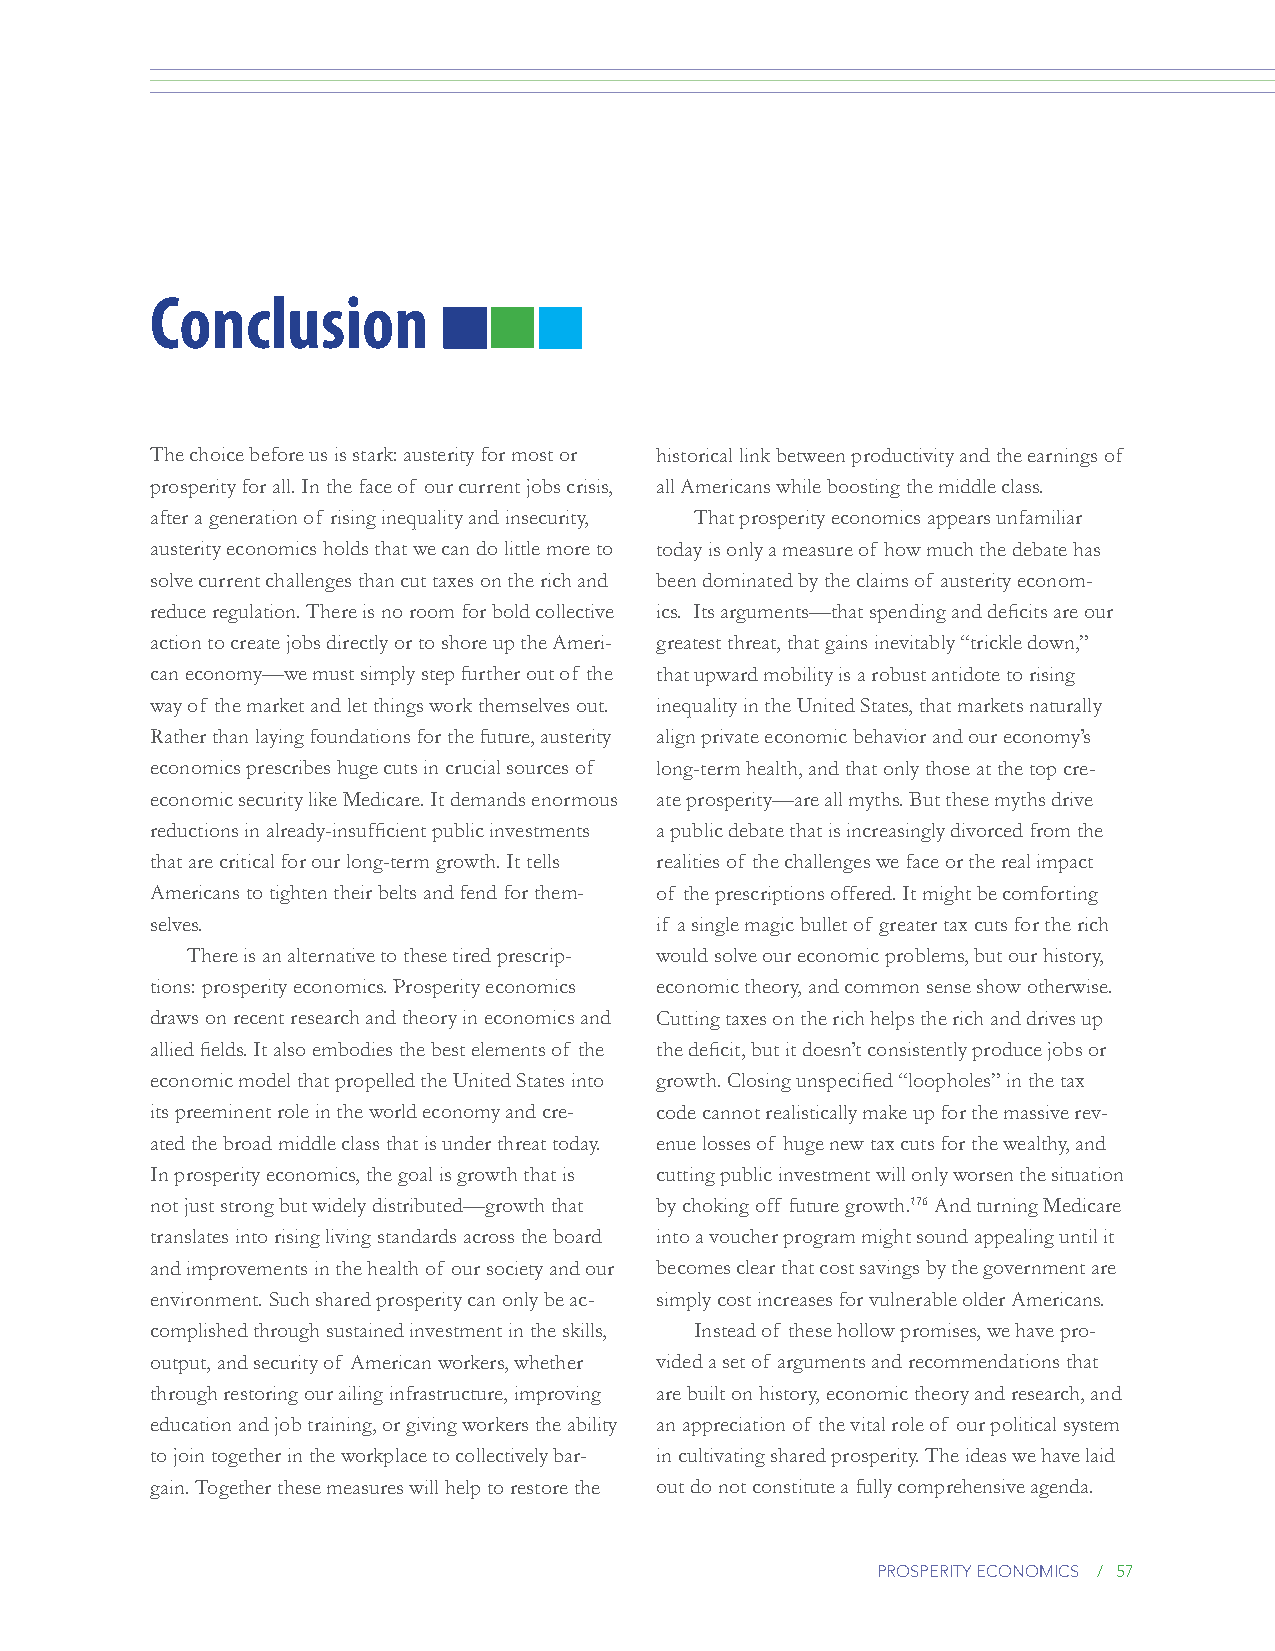
Conclusion
 The choice before us is stark: austerity for most or historical link between productivity and the earnings of
 prosperity for all. In the face of our current jobs crisis, all Americans while boosting the middle class.
 after a generation of rising inequality and insecurity, That prosperity economics appears unfamiliar
 austerity economics holds that we can do little more to today is only a measure of how much the debate has
 solve current challenges than cut taxes on the rich and been dominated by the claims of austerity econom-
 reduce regulation. There is no room for bold collective ics. Its arguments—that spending and deficits are our
 action to create jobs directly or to shore up the Ameri- greatest threat, that gains inevitably “trickle down,”
 can economy—we must simply step further out of the that upward mobility is a robust antidote to rising
 way of the market and let things work themselves out. inequality in the United States, that markets naturally
 Rather than laying foundations for the future, austerity align private economic behavior and our economy’s
 economics prescribes huge cuts in crucial sources of long-term health, and that only those at the top cre-
 economic security like Medicare. It demands enormous ate prosperity—are all myths. But these myths drive
 reductions in already-insufficient public investments a public debate that is increasingly divorced from the
 that are critical for our long-term growth. It tells realities of the challenges we face or the real impact
 Americans to tighten their belts and fend for them- of the prescriptions offered. It might be comforting
 selves.                          if a single magic bullet of greater tax cuts for the rich
 There is an alternative to these tired prescrip- would solve our economic problems, but our history,
 tions: prosperity economics. Prosperity economics economic theory, and common sense show otherwise.
 draws on recent research and theory in economics and Cutting taxes on the rich helps the rich and drives up
 allied fields. It also embodies the best elements of the the deficit, but it doesn’t consistently produce jobs or
 economic model that propelled the United States into growth. Closing unspecified “loopholes” in the tax
 its preeminent role in the world economy and cre- code cannot realistically make up for the massive rev-
 ated the broad middle class that is under threat today. enue losses of huge new tax cuts for the wealthy, and
 In prosperity economics, the goal is growth that is cutting public investment will only worsen the situation
 not just strong but widely distributed—growth that by choking off future growth.176 And turning Medicare
 translates into rising living standards across the board into a voucher program might sound appealing until it
 and improvements in the health of our society and our becomes clear that cost savings by the government are
 environment. Such shared prosperity can only be ac- simply cost increases for vulnerable older Americans.
 complished through sustained investment in the skills, Instead of these hollow promises, we have pro-
 output, and security of American workers, whether vided a set of arguments and recommendations that
 through restoring our ailing infrastructure, improving are built on history, economic theory and research, and
 education and job training, or giving workers the ability an appreciation of the vital role of our political system
 to join together in the workplace to collectively bar- in cultivating shared prosperity. The ideas we have laid
 gain. Together these measures will help to restore the out do not constitute a fully comprehensive agenda.
 prosperity economics / 57